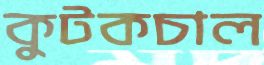
কুটকচাল